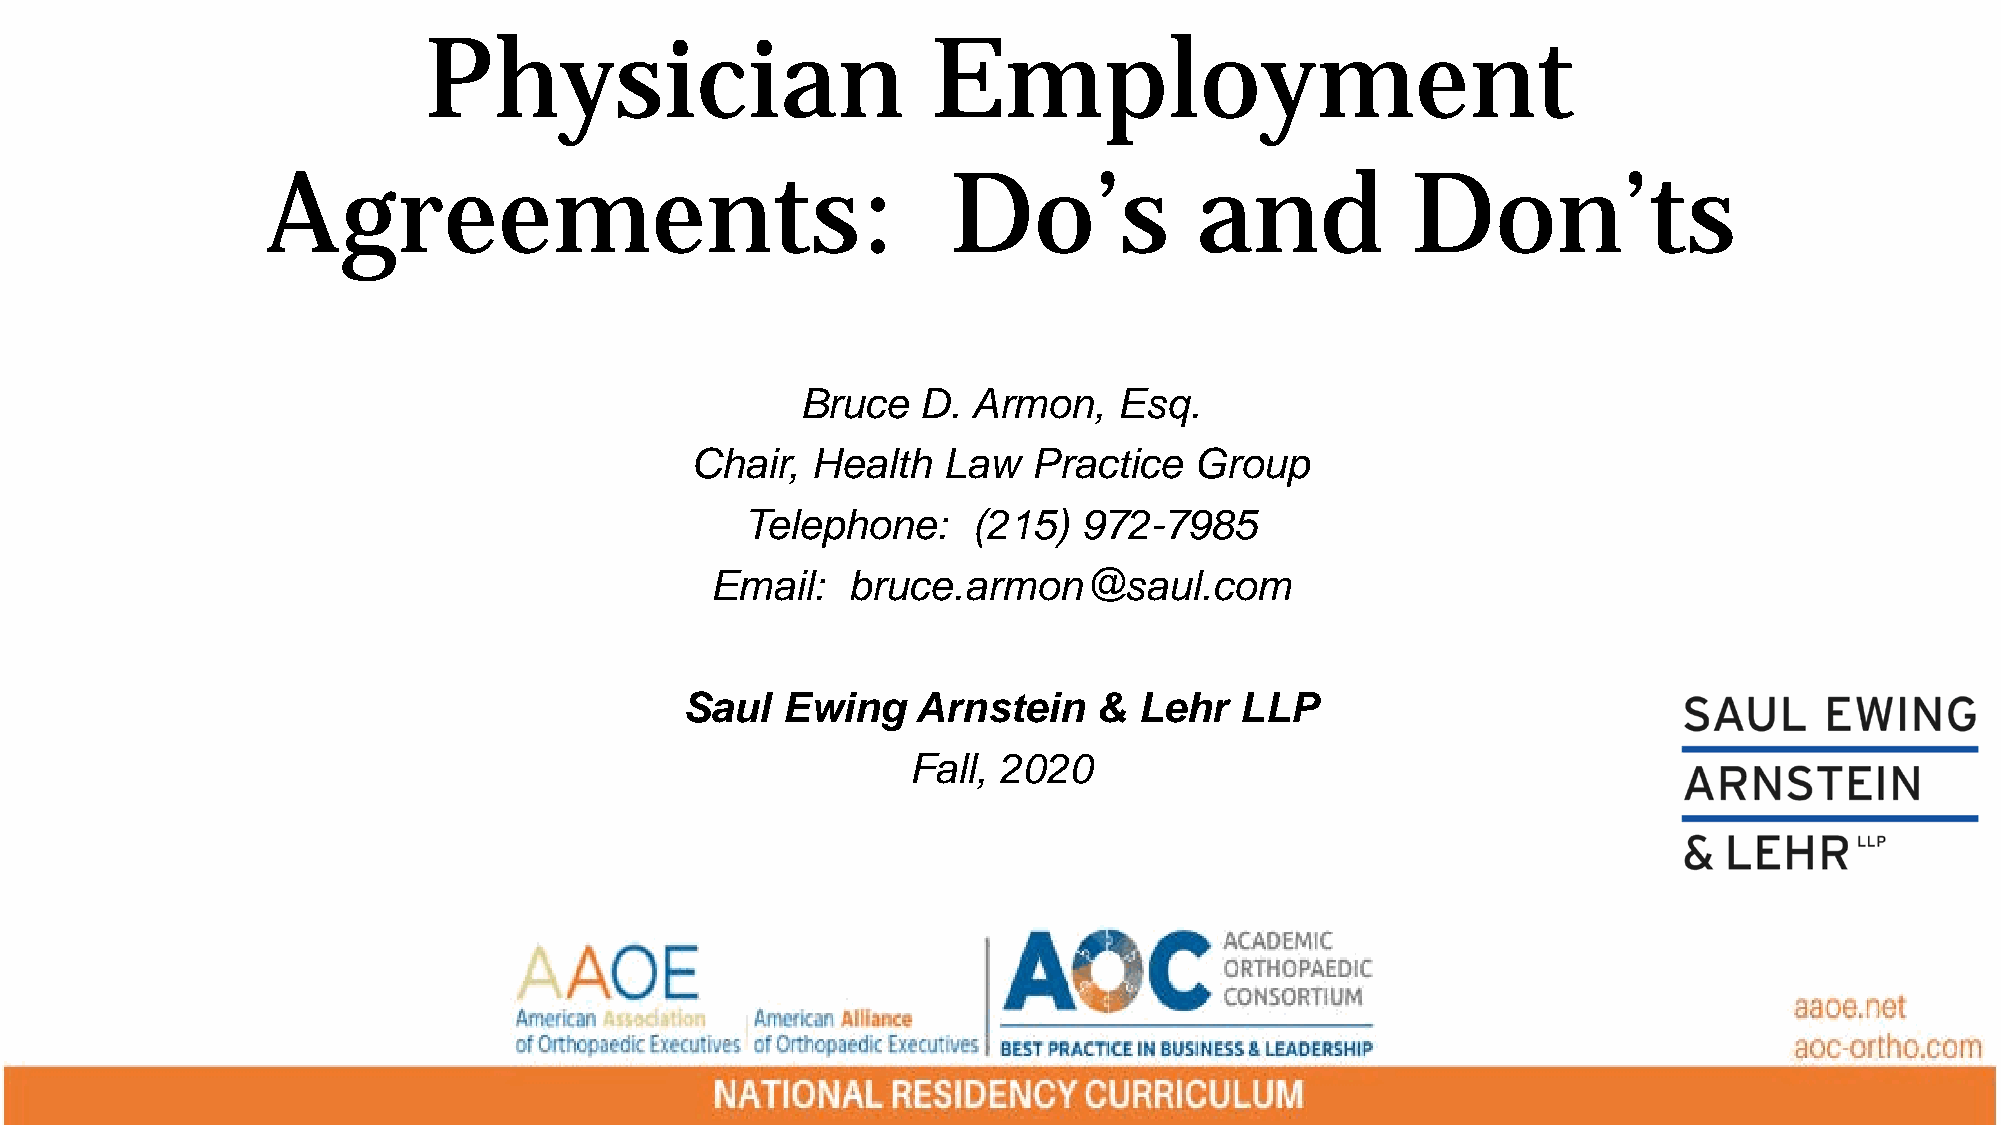
Physician                         Employment
 Agreements:                                  Do’s            and           Don’ts
 Bruce   D. Armon,    Esq.
 Chair,  Health  Law   Practice   Group
 Telephone:     (215)   972-7985
 Email:   bruce.armon@saul.com
 Saul   Ewing    Arnstein    & Lehr   LLP
 Fall, 2020